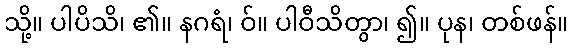
သို့။ ပါပိသိ၊ ၏။ နဂရံ၊ ဝ်။ ပါဝီသိတွာ၊ ၍။ ပုန၊ တစ်ဖန်။